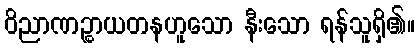
ဝိညာဏဉ္စာယတနဟူသော နီးသော ရန်သူရှိ၏။